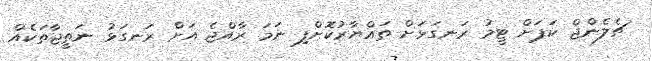
ޗެލެންޖް ކަޕަށް ޓީމު ރަނގަޅަށް ތައްޔާރުކޮށްފި ނަމަ ރާއްޖެ އަށް ރަނގަޅު ނަތީޖާތަކެއް